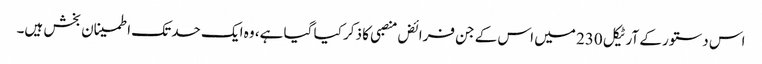
اس دستور کے آرٹیکل 230 میں اس کے جن فرائض منصبی کا ذکر کیا گیا ہے، وہ ایک حد تک اطمینان بخش ہیں۔